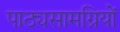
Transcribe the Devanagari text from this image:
पाठ्यसामग्रियों